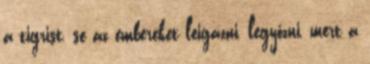
a tigrist, se az embereket leigázni, legyőzni, mert a